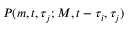
P ( m , t , \tau _ { j } ; M , t - \tau _ { i } , \tau _ { j } )